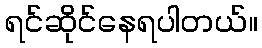
ရင်ဆိုင်နေရပါတယ်။